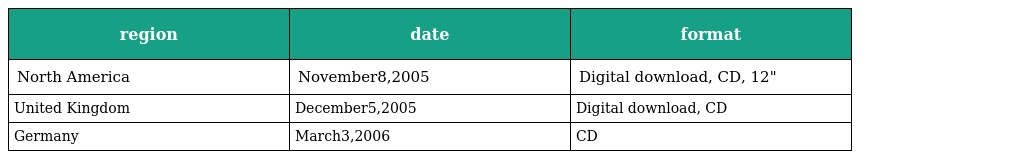
| region | date | format |
 | --- | --- | --- |
 | North America | November8,2005 | Digital download, CD, 12" |
 | United Kingdom | December5,2005 | Digital download, CD |
 | Germany | March3,2006 | CD |